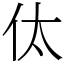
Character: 㑀